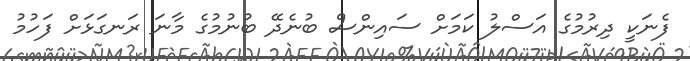
ފެނަކީ ދިރުމުގެ އަސްލު ކަމަށް ސައިންސް ބުނެދޭ ބުނުމުގެ މާނަ ރަނގަޅަށް ފަހުމު